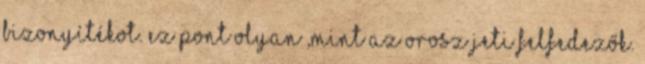
bizonyítékot. Ez pont olyan ,mint az orosz jeti felfedezők.